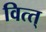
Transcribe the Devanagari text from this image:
वित्त्